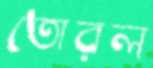
তোরল